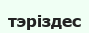
тэріздес